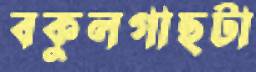
বকুলগাছটা